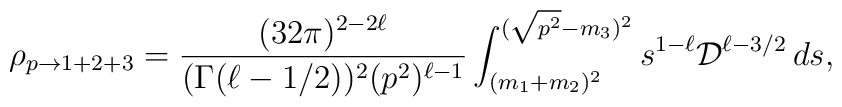
\rho_{p\rightarrow 1+2+3}=\frac{(32\pi)^{2-2\ell}}                         {(\Gamma(\ell-1/2))^2(p^2)^{\ell-1}}\int_{(m_1+m_2)^2}^{(\sqrt{p^2}-m_3)^2} s^{1-\ell}{\cal D}^{\ell-3/2}\,ds,